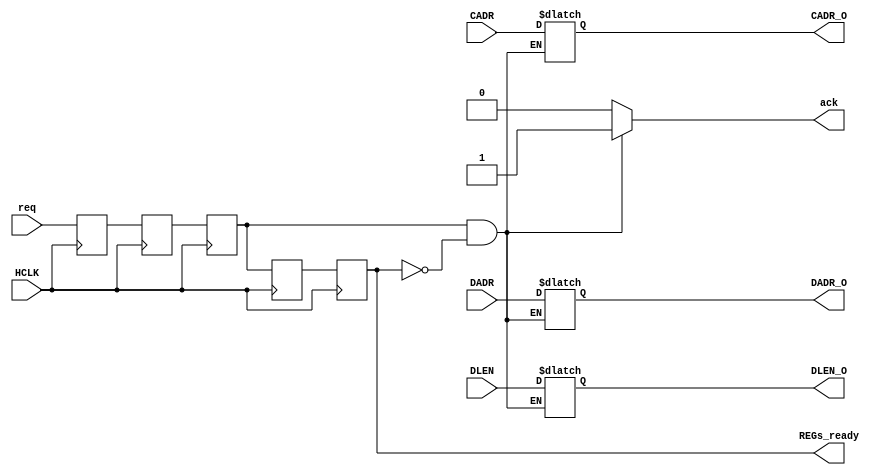
module AHB_SYNC #(parameter [31:0] DATA_WIDTH = 16,ADDR_WIDTH = 6)
(
	//INPUTs REGs
	input wire 						HCLK,
	input wire 						req,
	input wire 	[ADDR_WIDTH-1:0]	DADR,
	input wire 	[ADDR_WIDTH-1:0]	CADR,
	input wire 	[1:0]				DLEN,
	

	//OUTPUTs
	output reg						ack,
	output reg 						REGs_ready,
	output reg 	[ADDR_WIDTH-1:0]	DADR_O,
	output reg 	[ADDR_WIDTH-1:0]	CADR_O,
	output reg 	[1:0]				DLEN_O

);
	
	reg  		Latch1OUT;
	reg 		Latch2IN;
	reg 		Latch2OUT;
	reg 		Latch3IN;



	always @(posedge HCLK) begin
		Latch1OUT <= req;
		Latch2IN <= Latch1OUT;
		Latch2OUT <= Latch2IN;
		Latch3IN <= Latch2OUT;
		REGs_ready <= Latch3IN;
	end

	always @(Latch2OUT or REGs_ready) begin
	if(Latch2OUT && !REGs_ready) begin
		DADR_O <= DADR;
		CADR_O <= CADR;
		DLEN_O <= DLEN;
		ack = 1'b1;
	end else begin
		ack = 1'b0;
	end
	end


endmodule